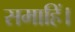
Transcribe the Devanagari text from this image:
समाहिं।